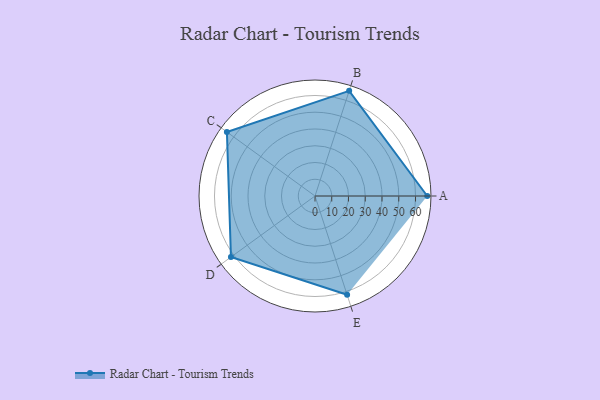
{"axis": {"x": "Skill", "y": "Score"}, "legend": ["Profile"], "data": [{"x": "A", "y": 67.0, "type": "Profile"}, {"x": "B", "y": 66.0, "type": "Profile"}, {"x": "C", "y": 65.0, "type": "Profile"}, {"x": "D", "y": 62.0, "type": "Profile"}, {"x": "E", "y": 62.0, "type": "Profile"}]}